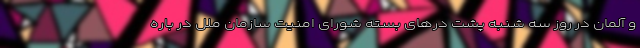
و آلمان در روز سه شنبه پشت درهای بسته شورای امنیت سازمان ملل در باره